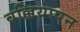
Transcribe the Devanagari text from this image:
वल्लियप्पन